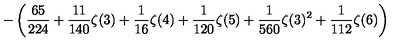
\displaystyle - \left( \frac { 6 5 } { 2 2 4 } + \frac { 1 1 } { 1 4 0 } \zeta ( 3 ) + \frac { 1 } { 1 6 } \zeta ( 4 ) + \frac { 1 } { 1 2 0 } \zeta ( 5 ) + \frac { 1 } { 5 6 0 } \zeta ( 3 ) ^ { 2 } + \frac { 1 } { 1 1 2 } \zeta ( 6 ) \right)